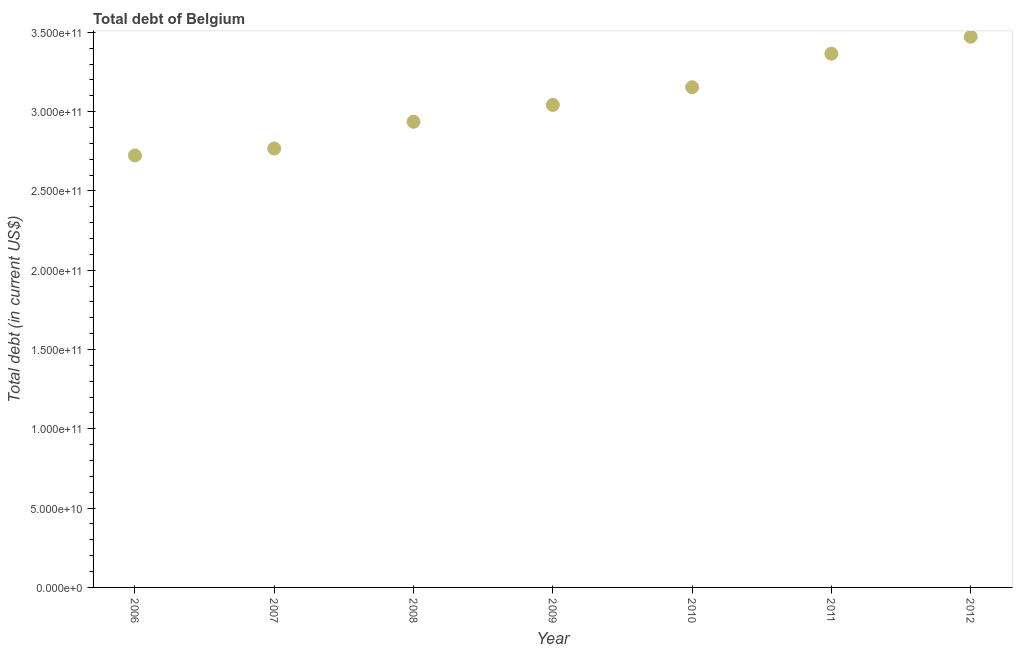
| Year | Central government debt |
 | --- | --- |
 | 2006 | 2.72e+11 |
 | 2007 | 2.77e+11 |
 | 2008 | 2.94e+11 |
 | 2009 | 3.04e+11 |
 | 2010 | 3.15e+11 |
 | 2011 | 3.37e+11 |
 | 2012 | 3.47e+11 |